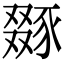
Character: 𧱝